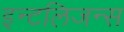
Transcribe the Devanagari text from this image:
इन्टलिजन्स